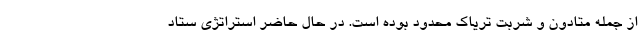
از جمله متادون و شربت تریاک محدود بوده است. در حال حاضر استراتژی ستاد